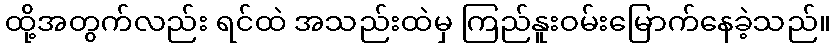
ထို့အတွက်လည်း ရင်ထဲ အသည်းထဲမှ ကြည်နူးဝမ်းမြောက်နေခဲ့သည်။